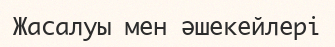
Жасалуы мен әшекейлері